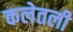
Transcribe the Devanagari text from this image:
कलेतली